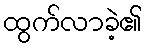
ထွက်လာခဲ့၏